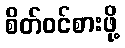
စိတ်ဝင်စားဖို့